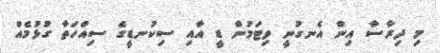
މި ދިރާސާ އިން އެނގުނީ ވިޓަމުން ޑީ އާއި ސިކުނޑީގެ ސިއްހަތާ ގުޅުމެއް